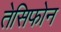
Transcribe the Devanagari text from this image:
तेसिफोन